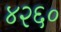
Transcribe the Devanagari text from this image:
४२६०